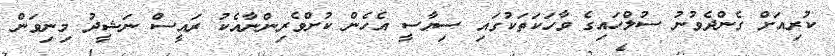
ކުރިއަށް ގެންދެވުނު ސުލްހައިގެ ވާހަކަތަކުގައި ސިޔާސީ އެހެން ކުށްވެރިންނާއެކު ރައީސް ނަޝީދު މިނިވަން